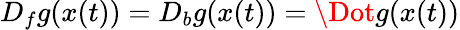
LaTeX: D_{f}g(x(t))=D_{b}g(x(t))=\Dot{g}(x(t))